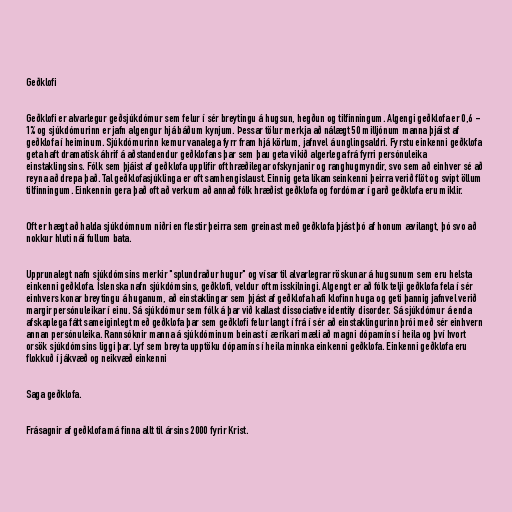
Geðklofi

Geðklofi er alvarlegur geðsjúkdómur sem felur í sér breytingu á hugsun, hegðun og tilfinningum. Algengi geðklofa er 0,6 -
1% og sjúkdómurinn er jafn algengur hjá báðum kynjum. Þessar tölur merkja að nálægt 50 milljónum manna þjáist af
geðklofa í heiminum. Sjúkdómurinn kemur vanalega fyrr fram hjá körlum, jafnvel á unglingsaldri. Fyrstu einkenni geðklofa
geta haft dramatísk áhrif á aðstandendur geðklofans þar sem þau geta vikið algerlega frá fyrri persónuleika
einstaklingsins. Fólk sem þjáist af geðklofa upplifir oft hræðilegar ofskynjanir og ranghugmyndir, svo sem að einhver sé að
reyna að drepa það. Tal geðklofasjúklinga er oft samhengislaust. Einnig geta líkamseinkenni þeirra verið flöt og svipt öllum
tilfinningum. Einkennin gera það oft að verkum að annað fólk hræðist geðklofa og fordómar í garð geðklofa eru miklir.

Oft er hægt að halda sjúkdómnum niðri en flestir þeirra sem greinast með geðklofa þjást þó af honum ævilangt, þó svo að
nokkur hluti nái fullum bata.

Upprunalegt nafn sjúkdómsins merkir "splundraður hugur" og vísar til alvarlegrar röskunar á hugsunum sem eru helsta
einkenni geðklofa. Íslenska nafn sjúkdómsins, geðklofi, veldur oft misskilningi. Algengt er að fólk telji geðklofa fela í sér
einhvers konar breytingu á huganum, að einstaklingar sem þjást af geðklofa hafi klofinn huga og geti þannig jafnvel verið
margir persónuleikar í einu. Sá sjúkdómur sem fólk á þar við kallast dissociative identity disorder. Sá sjúkdómur á enda
afskaplega fátt sameiginlegt með geðklofa þar sem geðklofi felur langt í frá í sér að einstaklingurinn þrói með sér einhvern
annan persónuleika. Rannsóknir manna á sjúkdóminum beinast í æ ríkari mæli að magni dópamíns í heila og því hvort
orsök sjúkdómsins liggi þar. Lyf sem breyta upptöku dópamíns í heila minnka einkenni geðklofa. Einkenni geðklofa eru
flokkuð í jákvæð og neikvæð einkenni

Saga geðklofa.

Frásagnir af geðklofa má finna allt til ársins 2000 fyrir Krist.